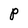
Character: P